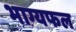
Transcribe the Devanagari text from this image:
भाग्यफल